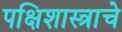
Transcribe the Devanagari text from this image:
पक्षिशास्त्राचे